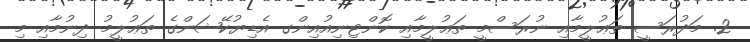
2. މަދުރަސީ ތަޢުލީމާއި ނުރަސްމީ ތަޢުލީމާއި ކޮންޓިނިއުއިންގ އެޑިޔުކޭޝަންގެ ތަޢުލީމު ދިނުމާއި މި